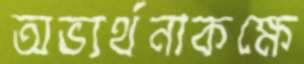
অভ্যর্থনাকক্ষে